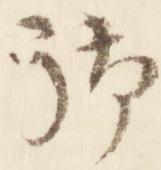
御